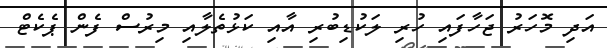
އަދި މޮހަރު ޖަހާފައި ހުރި ލަކުޑިބުރި އާއި ކަޅުތެލާއި މިރުސް ފެން ޕެކެޓް